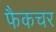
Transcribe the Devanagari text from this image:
फैकचर